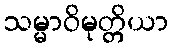
သမ္မာဝိမုတ္တိယာ